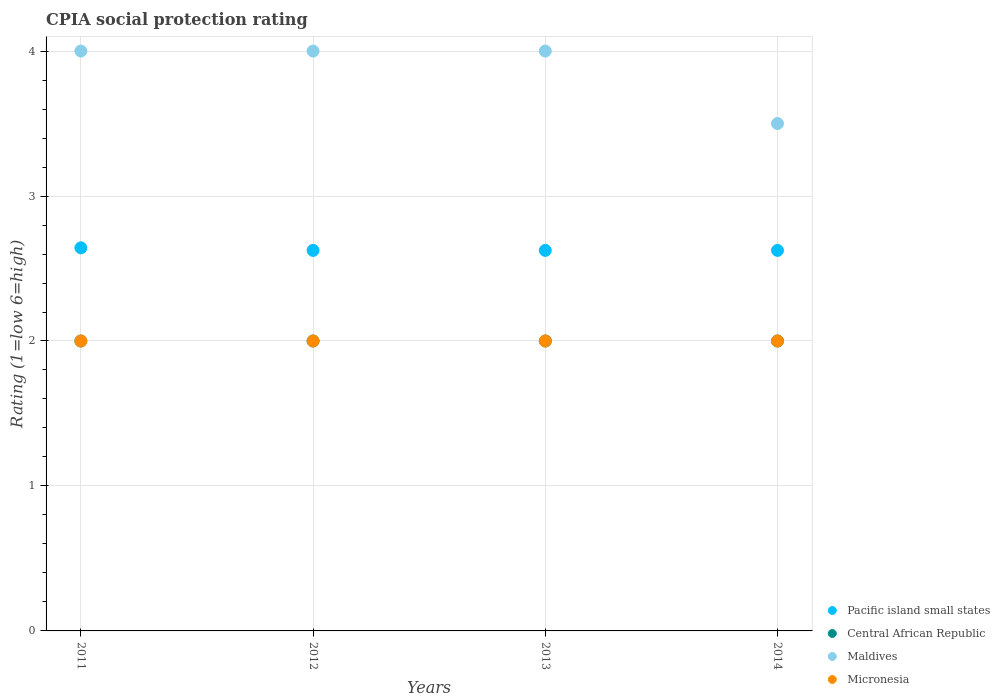
| Years | Pacific island small states | Central African Republic | Maldives | Micronesia |
 | --- | --- | --- | --- | --- |
 | 2011 | 2.64 | 2 | 4 | 2 |
 | 2012 | 2.62 | 2 | 4 | 2 |
 | 2013 | 2.62 | 2 | 4 | 2 |
 | 2014 | 2.62 | 2 | 3.5 | 2 |